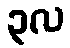
၃လ